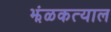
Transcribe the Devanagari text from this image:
झंळकत्याल